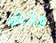
مذبح